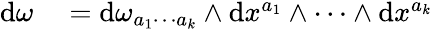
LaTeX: \begin{array}{rl}{\mathrm{d}\omega}&{{}=\mathrm{d}\omega_{a_{1}\cdots a_{k}}\wedge\mathrm{d}x^{a_{1}}\wedge\cdots\wedge\mathrm{d}x^{a_{k}}}\end{array}